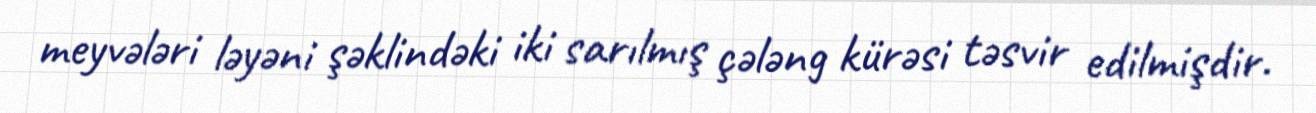
meyvələri ləyəni şəklindəki iki sarılmış çələng kürəsi təsvir edilmişdir.